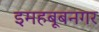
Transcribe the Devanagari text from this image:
इमहबूबनगर